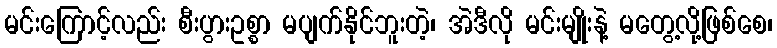
မင်းကြောင့်လည်း စီးပွားဥစ္စာ မပျက်နိုင်ဘူးတဲ့၊ အဲဒီလို မင်းမျိုးနဲ့ မတွေ့လို့ဖြစ်စေ၊